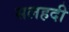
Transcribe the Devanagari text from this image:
सलहदी